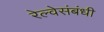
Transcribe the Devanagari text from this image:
रेल्वेसंबंधी